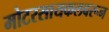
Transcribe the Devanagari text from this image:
मोटरसायकलवरून